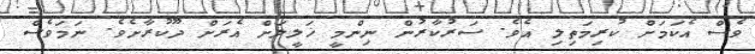
ވެސް އެކަމަށް ކުރިމަތިލި އެވެ. ސަރުކާރުން ނިންމީ ޚަލީލަށް އެރަށް ދޫކުރާށެވެ. ނަމަވެސް